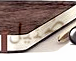
ضئيل